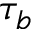
\tau _ { b }